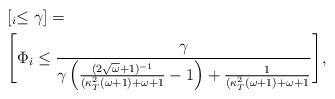
LaTeX: \begin{align*}&[_{i}\leq \gamma_{}]=\\&\Bigg[\Phi_{i} \leq \frac{\gamma_{}}{\gamma_{}\left(\frac{(2\sqrt{\omega}+1)^{-1}}{(\kappa^{2}_{T}(\omega+1)+\omega+1}-1\right)+\frac{1}{(\kappa^{2}_{T}(\omega+1)+\omega+1}}\Bigg],\end{align*}